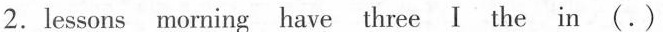
2.lessons morning have three Ⅰ the in (.)